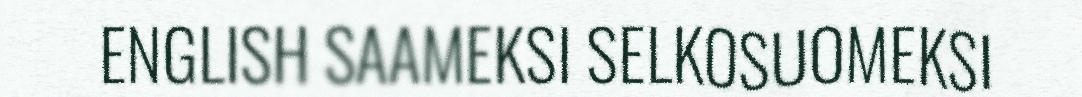
ENGLISH SAAMEKSI SELKOSUOMEKSI